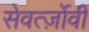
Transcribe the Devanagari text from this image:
सेवर्त्ज़ोवी